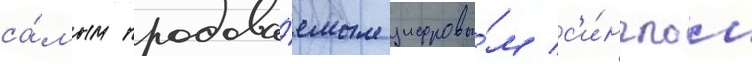
са́мым продава́емым цифровы́м с'и́нглом